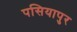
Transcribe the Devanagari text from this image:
पसियापुर